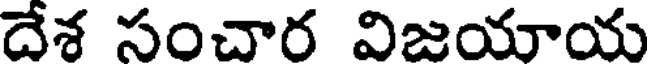
దేశ సంచార విజయాయ